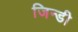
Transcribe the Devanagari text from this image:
जिन्डी